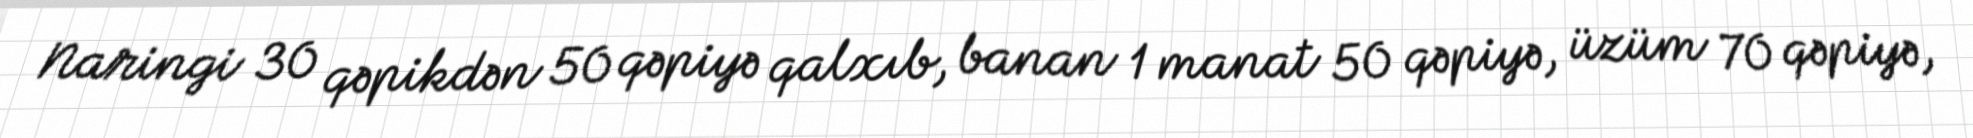
Naringi 30 qəpikdən 50 qəpiyə qalxıb, banan 1 manat 50 qəpiyə, üzüm 70 qəpiyə,